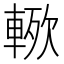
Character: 𮝗